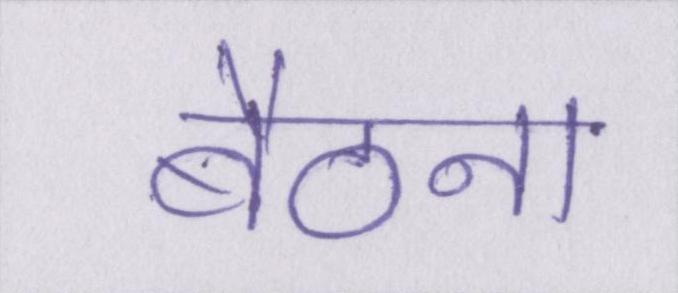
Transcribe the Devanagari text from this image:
बैठना